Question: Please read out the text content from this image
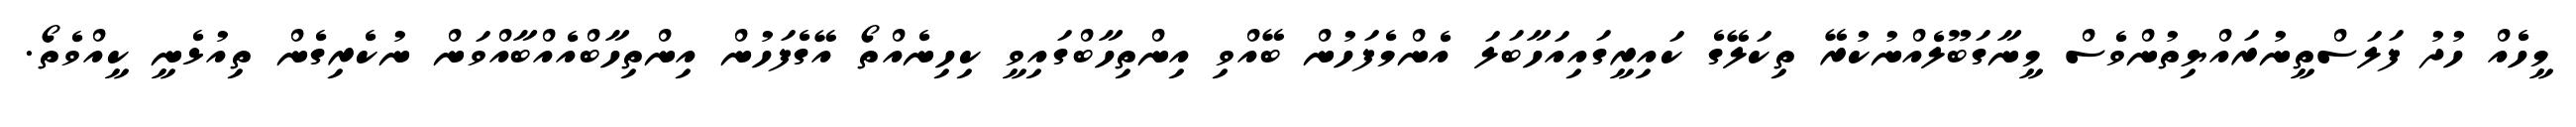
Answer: މީހެއް ހުދު ފަލަސްތީނުރައްޔިތުންވެސް މީނާގަބޫލެއްނުކުރޭ ތިކަލޭގެ ކައިރީގައިއަހާބަލަ އެންމެފަހުން ބޭއްވި އިންތިހާބްގައިވީ ކިހިނެއްތޯ އޭގެފަހުން އިންތިހާބްއެއްބާއްވަން ނުކެރިގެން ތިއުޅެނީ ކީއްވެތޯ.